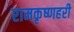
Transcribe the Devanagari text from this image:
रामकृष्णहरी